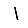
Digit: 1